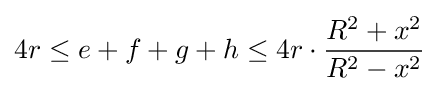
4r\leq e+f+g+h\leq 4r\cdot {\frac {R^{2}+x^{2}}{R^{2}-x^{2}}}